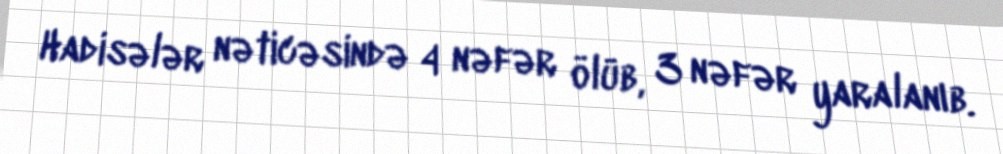
Hadisələr nəticəsində 4 nəfər ölüb, 3 nəfər yaralanıb.